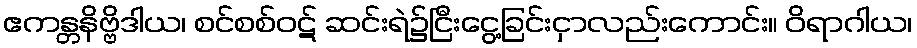
ဧကန္တနိဗ္ဗိဒါယ၊ စင်စစ်ဝဋ် ဆင်းရဲ၌ငြီးငွေ့ခြင်းငှာလည်းကောင်း။ ဝိရာဂါယ၊